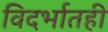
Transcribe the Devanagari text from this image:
विदर्भातही